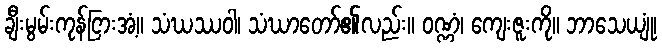
ချီးမွမ်းကုန်ငြားအံ့။ သံဃဿဝါ၊ သံဃာတော်၏လည်း။ ဝဏ္ဏံ၊ ကျေးဇူးကို။ ဘာသေယျုံ၊